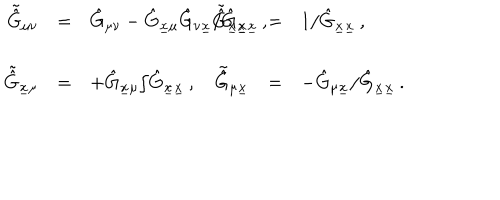
\begin{array} { r c l r c l } { { \tilde { \hat { G } } _ { \mu \nu } } } & { { = } } & { { \hat { G } _ { \mu \nu } - \hat { G } _ { \underline { { { x } } } \mu } \hat { G } _ { \nu \underline { { { x } } } } / \hat { G } _ { \underline { { { x } } } \underline { { { x } } } } \, , \hspace { 1 . 2 c m } } } & { { \tilde { \hat { G } } _ { \underline { { { x } } } \underline { { { x } } } } } } & { { = } } & { { 1 / \hat { G } _ { \underline { { { x } } } \underline { { { x } } } } \, , } } \\ { { } } & { { } } & { { } } \\ { { \tilde { \hat { G } } _ { \underline { { { x } } } \mu } } } & { { = } } & { { + \hat { G } _ { \underline { { { x } } } \mu } / \hat { G } _ { \underline { { { x } } } \underline { { { x } } } } \, , } } & { { \tilde { \hat { G } } _ { \mu \underline { { { x } } } } } } & { { = } } & { { - \hat { G } _ { \mu \underline { { { x } } } } / \hat { G } _ { \underline { { { x } } } \underline { { { x } } } } \, . } } \\ \end{array}